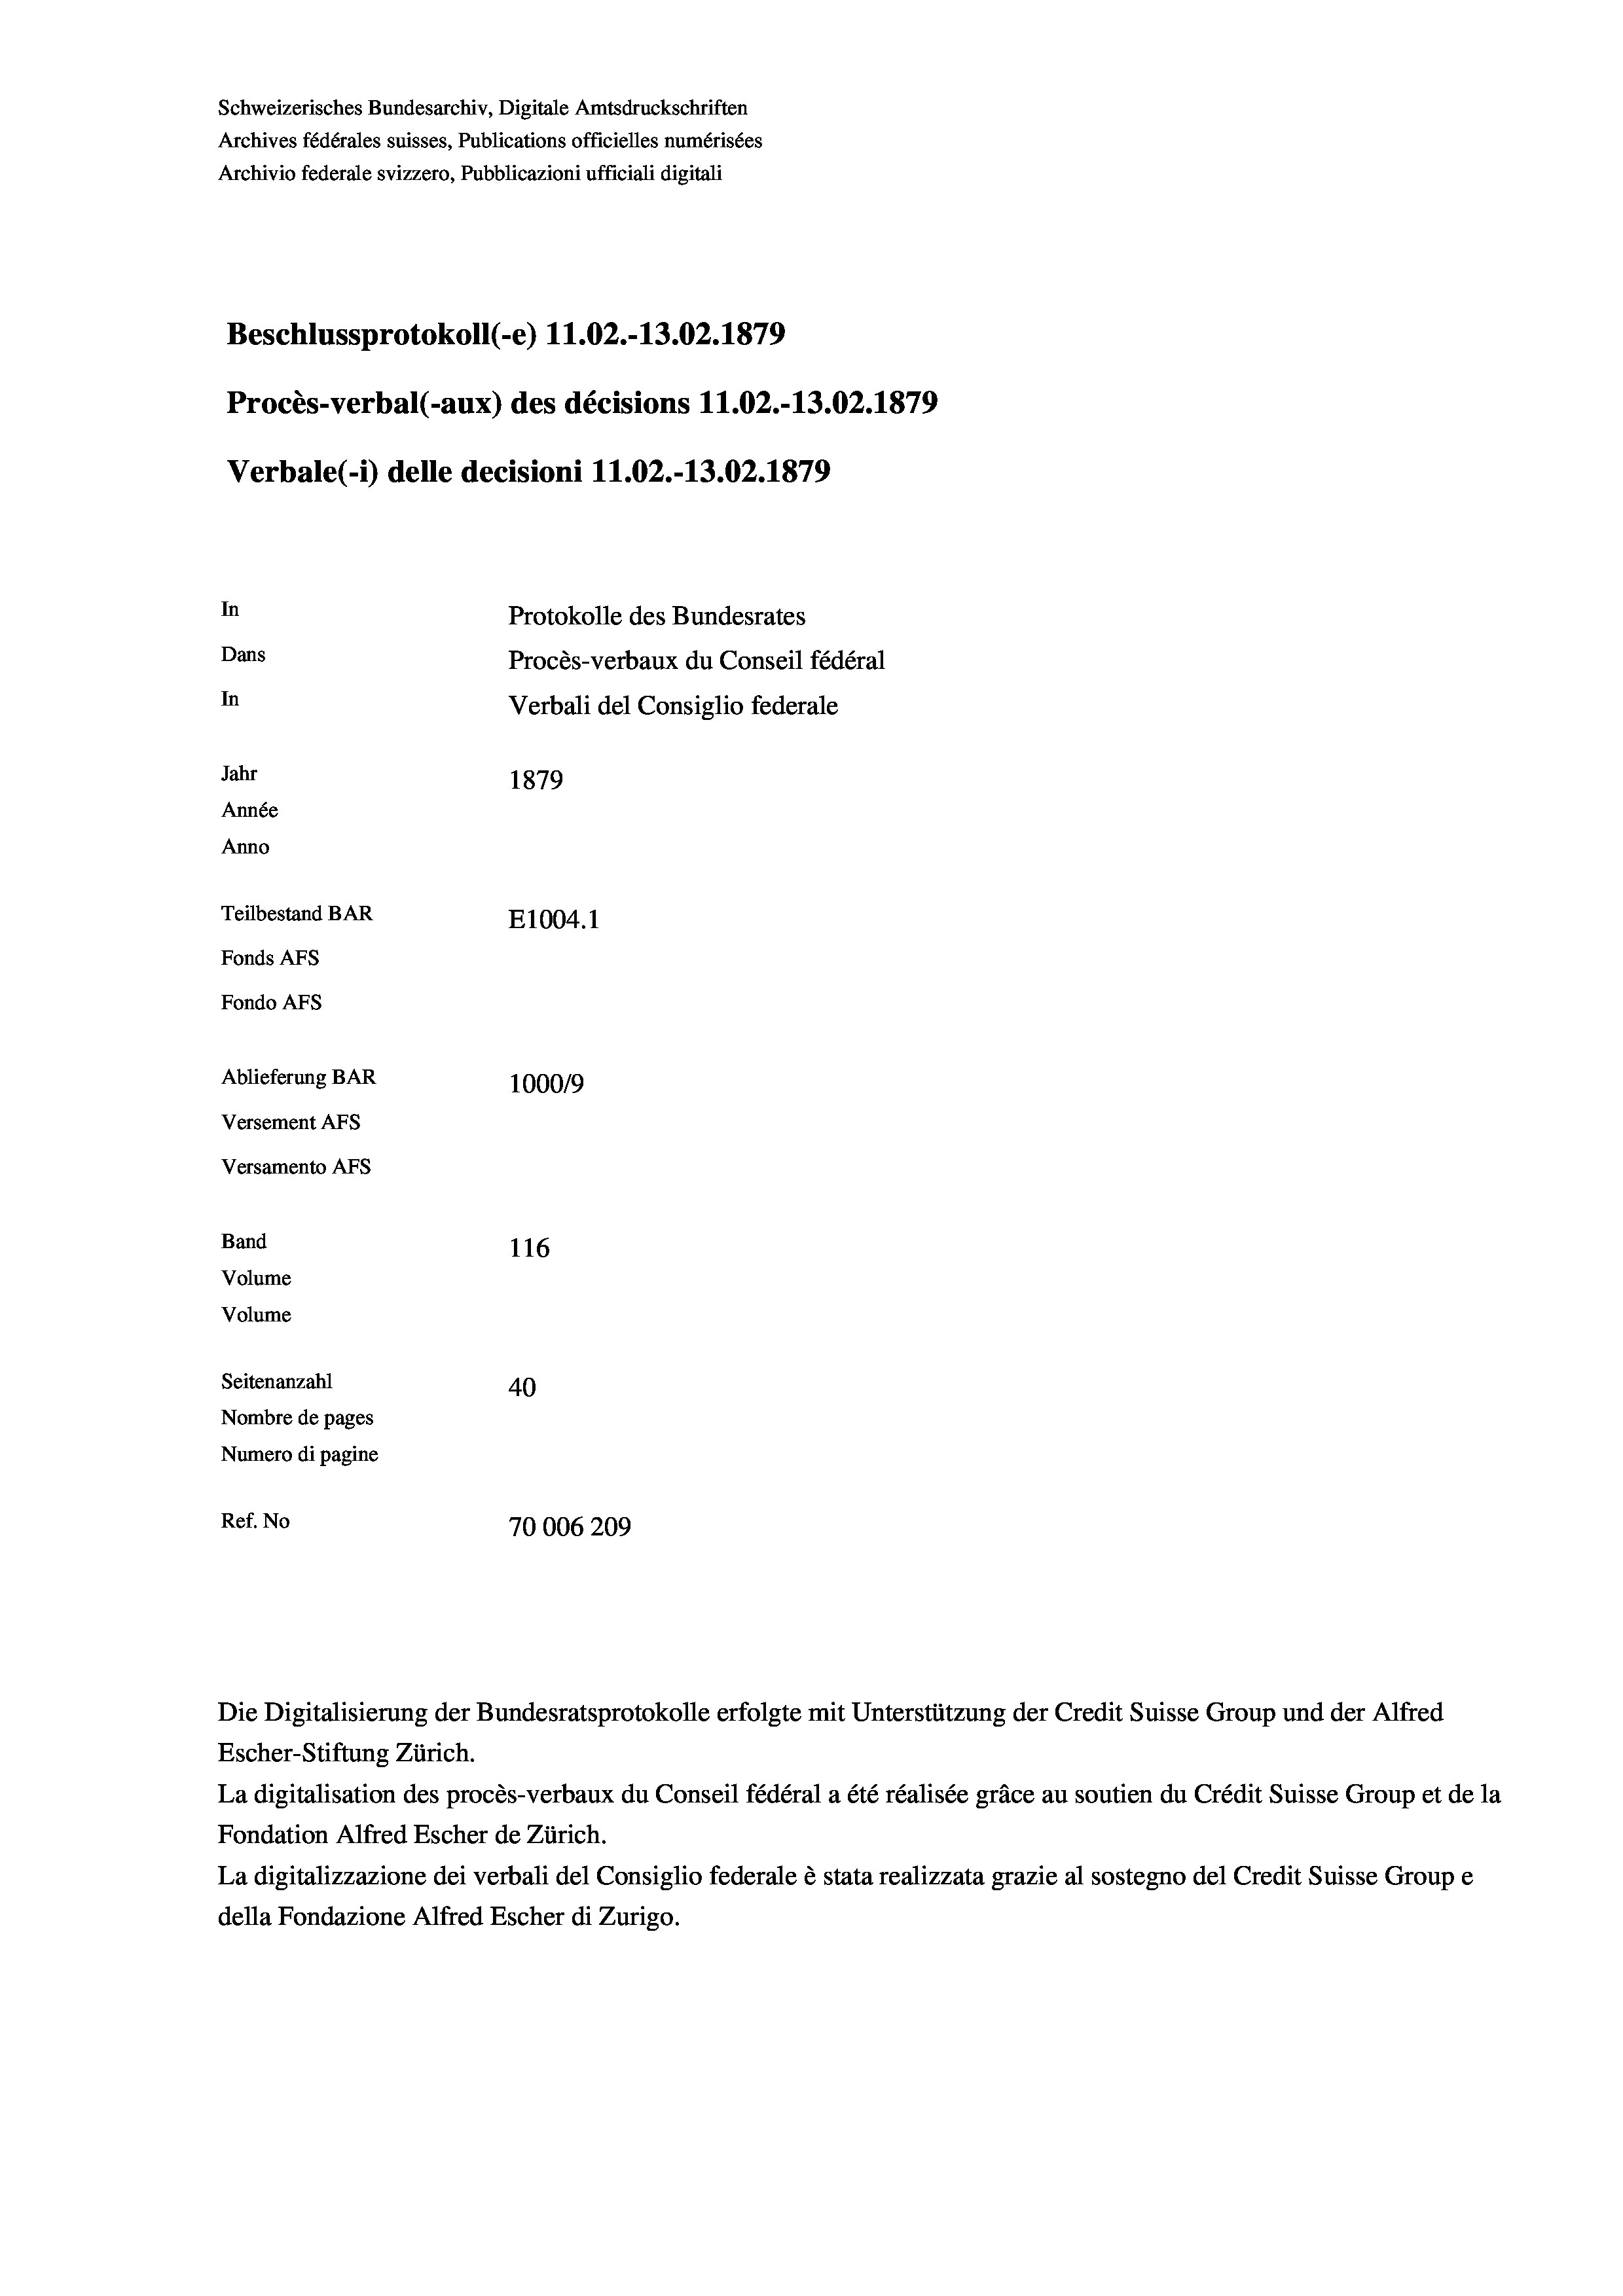
Schweizerisches Bundesarchiv, Digitale Amtsdruckschriften
Archives fédérales suisses, Publications officielles numérisées
Archivio federale svizzero, Pubblicazioni ufficiali digitali
Beschlussprotokoll (-e) 11.02.-13.02. 1879
Procès-verbal (-aux) des décisions 11.02.-13.02. 1879
Verbale (i) delle decisioni 11.02.-13.02. 1879
In
Protokolle des Bundesrates
Dans
Procès-verbaux du Conseil fédéral
In
Verbali del Consiglio federale
Jahr
1879
Année
Anno
Teilbestand BAR
E1004. 1
Fonds AFs
Fondo AFS
Ablieferung BAR
100019
Versement AFs
Versamento AFS

Band
Volume

116
Volume
Seitenanzahl
40
Nombre de pages
Numero di pagine
Ref. No
70006209

Die Digitalisierung der Bundesratsprotokolle erfolgte mit Unterstützung der Credit Suisse Group und der Alfred
Escher-Stiftung Zürich.
La digitalisation des procès-verbaux du Conseil fédéral a été réalisée gräce au soutien du Crédit Suisse Group et de la
Fondation Alfred Escher de Zürich.
La digitalizzazione dei verbali del Consiglio federale è stata realizzata grazie al sostegno del Credit Suisse Groupe
della Fondazione Alfred Escher di Zurigo.